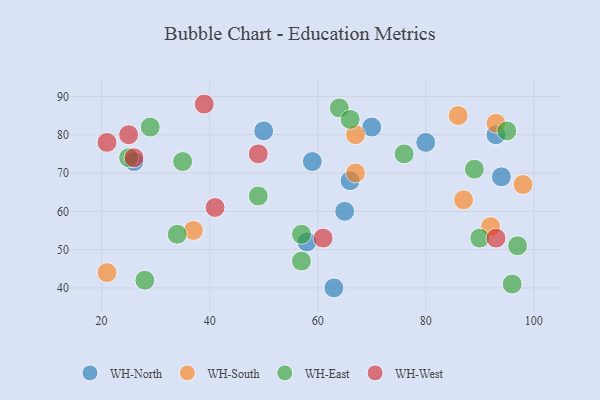
{"axis": {"x": "GDP", "y": "Life Expectancy"}, "legend": ["WH-East", "WH-North", "WH-South", "WH-West"], "data": [{"x": "59", "y": 73, "type": "WH-North"}, {"x": "63", "y": 40, "type": "WH-North"}, {"x": "70", "y": 82, "type": "WH-North"}, {"x": "94", "y": 69, "type": "WH-North"}, {"x": "93", "y": 80, "type": "WH-North"}, {"x": "66", "y": 68, "type": "WH-North"}, {"x": "80", "y": 78, "type": "WH-North"}, {"x": "26", "y": 73, "type": "WH-North"}, {"x": "65", "y": 60, "type": "WH-North"}, {"x": "58", "y": 52, "type": "WH-North"}, {"x": "50", "y": 81, "type": "WH-North"}, {"x": "86", "y": 85, "type": "WH-South"}, {"x": "98", "y": 67, "type": "WH-South"}, {"x": "87", "y": 63, "type": "WH-South"}, {"x": "92", "y": 56, "type": "WH-South"}, {"x": "93", "y": 83, "type": "WH-South"}, {"x": "37", "y": 55, "type": "WH-South"}, {"x": "67", "y": 80, "type": "WH-South"}, {"x": "67", "y": 70, "type": "WH-South"}, {"x": "21", "y": 44, "type": "WH-South"}, {"x": "90", "y": 53, "type": "WH-East"}, {"x": "64", "y": 87, "type": "WH-East"}, {"x": "35", "y": 73, "type": "WH-East"}, {"x": "76", "y": 75, "type": "WH-East"}, {"x": "95", "y": 81, "type": "WH-East"}, {"x": "34", "y": 54, "type": "WH-East"}, {"x": "96", "y": 41, "type": "WH-East"}, {"x": "97", "y": 51, "type": "WH-East"}, {"x": "57", "y": 54, "type": "WH-East"}, {"x": "66", "y": 84, "type": "WH-East"}, {"x": "25", "y": 74, "type": "WH-East"}, {"x": "89", "y": 71, "type": "WH-East"}, {"x": "57", "y": 47, "type": "WH-East"}, {"x": "29", "y": 82, "type": "WH-East"}, {"x": "49", "y": 64, "type": "WH-East"}, {"x": "28", "y": 42, "type": "WH-East"}, {"x": "25", "y": 80, "type": "WH-West"}, {"x": "26", "y": 74, "type": "WH-West"}, {"x": "41", "y": 61, "type": "WH-West"}, {"x": "21", "y": 78, "type": "WH-West"}, {"x": "49", "y": 75, "type": "WH-West"}, {"x": "93", "y": 53, "type": "WH-West"}, {"x": "61", "y": 53, "type": "WH-West"}, {"x": "39", "y": 88, "type": "WH-West"}]}